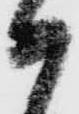
か